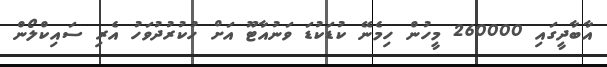
އާބާދީގައި 260000 މީހުން ހިމެނޭ ކުޑަކުޑަ ވަނުއާޓޫ އަށް ހުކުރުދުވަހު އެރި ސައިކްލޯން